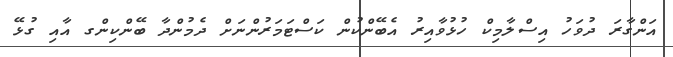
އަންގާރަ ދުވަހު އިސްލާމިކް ހުޅުވާއިރު އެބޭންކުން ކަސްޓަމަރުންނަށް ދެމުންދާ ބޭންކިންގ އާއި ގުޅޭ